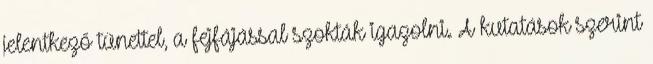
jelentkező tünettel, a fejfájással szokták igazolni. A kutatások szerint